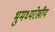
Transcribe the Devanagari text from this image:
भुमध्यरेखीय